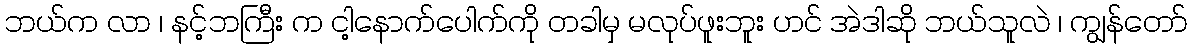
ဘယ်က လာ ၊ နင့်ဘကြီး က ငါ့နောက်ပေါက်ကို တခါမှ မလုပ်ဖူးဘူး ဟင် အဲဒါဆို ဘယ်သူလဲ ၊ ကျွန်တော်